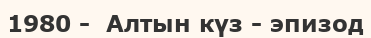
1980 -  Алтын күз - эпизод